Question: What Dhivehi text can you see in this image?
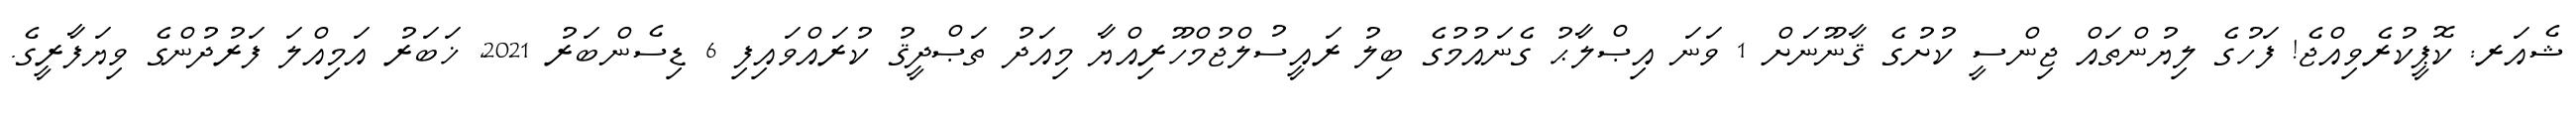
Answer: ޝެއަރ: ކޮޕީކުރެވިއްޖެ! ފަހުގެ ލިޔުންތައް ޖިންސީ ކުށުގެ ޤާނޫނަށް 1 ވަނަ އިޞްލާޙު ގެނައުމުގެ ބިލު ރައީސުލްޖުމްހޫރިއްޔާ މިއަދު ތަޞްދީޤު ކުރައްވައިފި 6 ޑިސެންބަރު 2021, ޚަބަރު އަމިއްލަ ފަރުދުންގެ ވިޔަފާރީގެ.